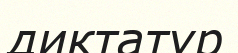
диктатур